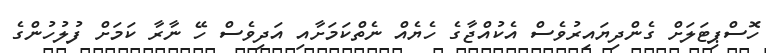
ހޮސްޕިޓަލަށް ގެންދިޔައިރުވެސް އެކުއްޖާގެ ހެޔެއް ނެތްކަމަށާއި އަދިވެސް ހޭ ނާރާ ކަމަށް ފުލުހުންގެ